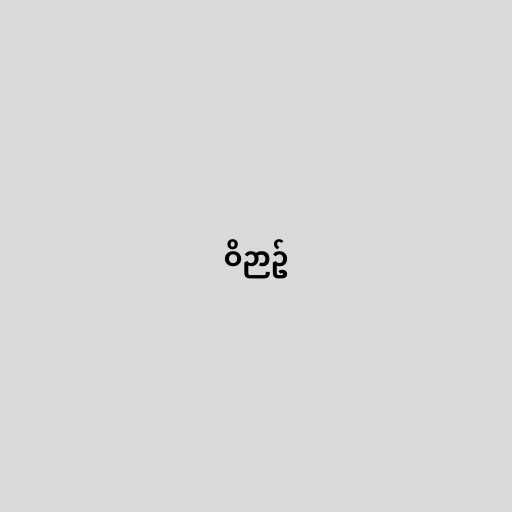
ဝိဉာဥ်